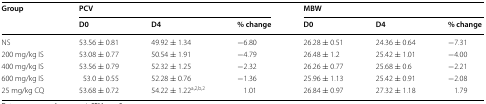
<table><thead><tr><td rowspan="2"><b>Group</b></td><td colspan="3"><b>PCV</b></td><td colspan="3"><b>MBW</b></td></tr><tr><td><b>D0</b></td><td><b>D4</b></td><td><b>% change</b></td><td><b>D0</b></td><td><b>D4</b></td><td><b>% change</b></td></tr></thead><tbody><tr><td>NS</td><td>53.56 ± 0.81</td><td>49.92 ± 1.34</td><td>−6.80</td><td>26.28 ± 0.51</td><td>24.36 ± 0.64</td><td>−7.31</td></tr><tr><td>200 mg/kg IS</td><td>53.08 ± 0.77</td><td>50.54 ± 1.91</td><td>−4.79</td><td>26.48 ± 1.2</td><td>25.42 ± 1.01</td><td>−4.00</td></tr><tr><td>400 mg/kg IS</td><td>53.56 ± 0.79</td><td>52.32 ± 1.25</td><td>−2.32</td><td>26.26 ± 0.77</td><td>25.68 ± 0.6</td><td>−2.21</td></tr><tr><td>600 mg/kg IS</td><td>53.0 ± 0.55</td><td>52.28 ± 0.76</td><td>−1.36</td><td>25.96 ± 1.13</td><td>25.42 ± 0.91</td><td>−2.08</td></tr><tr><td>25 mg/kg CQ</td><td>53.68 ± 0.72</td><td>54.22 ± 1.22<sup>a,2,b,2</sup></td><td>1.01</td><td>26.84 ± 0.97</td><td>27.32 ± 1.18</td><td>1.79</td></tr></tbody></table>